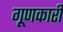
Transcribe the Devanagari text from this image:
गूणकारी